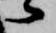
候